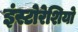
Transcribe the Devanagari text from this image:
इंस्टोरेशियो